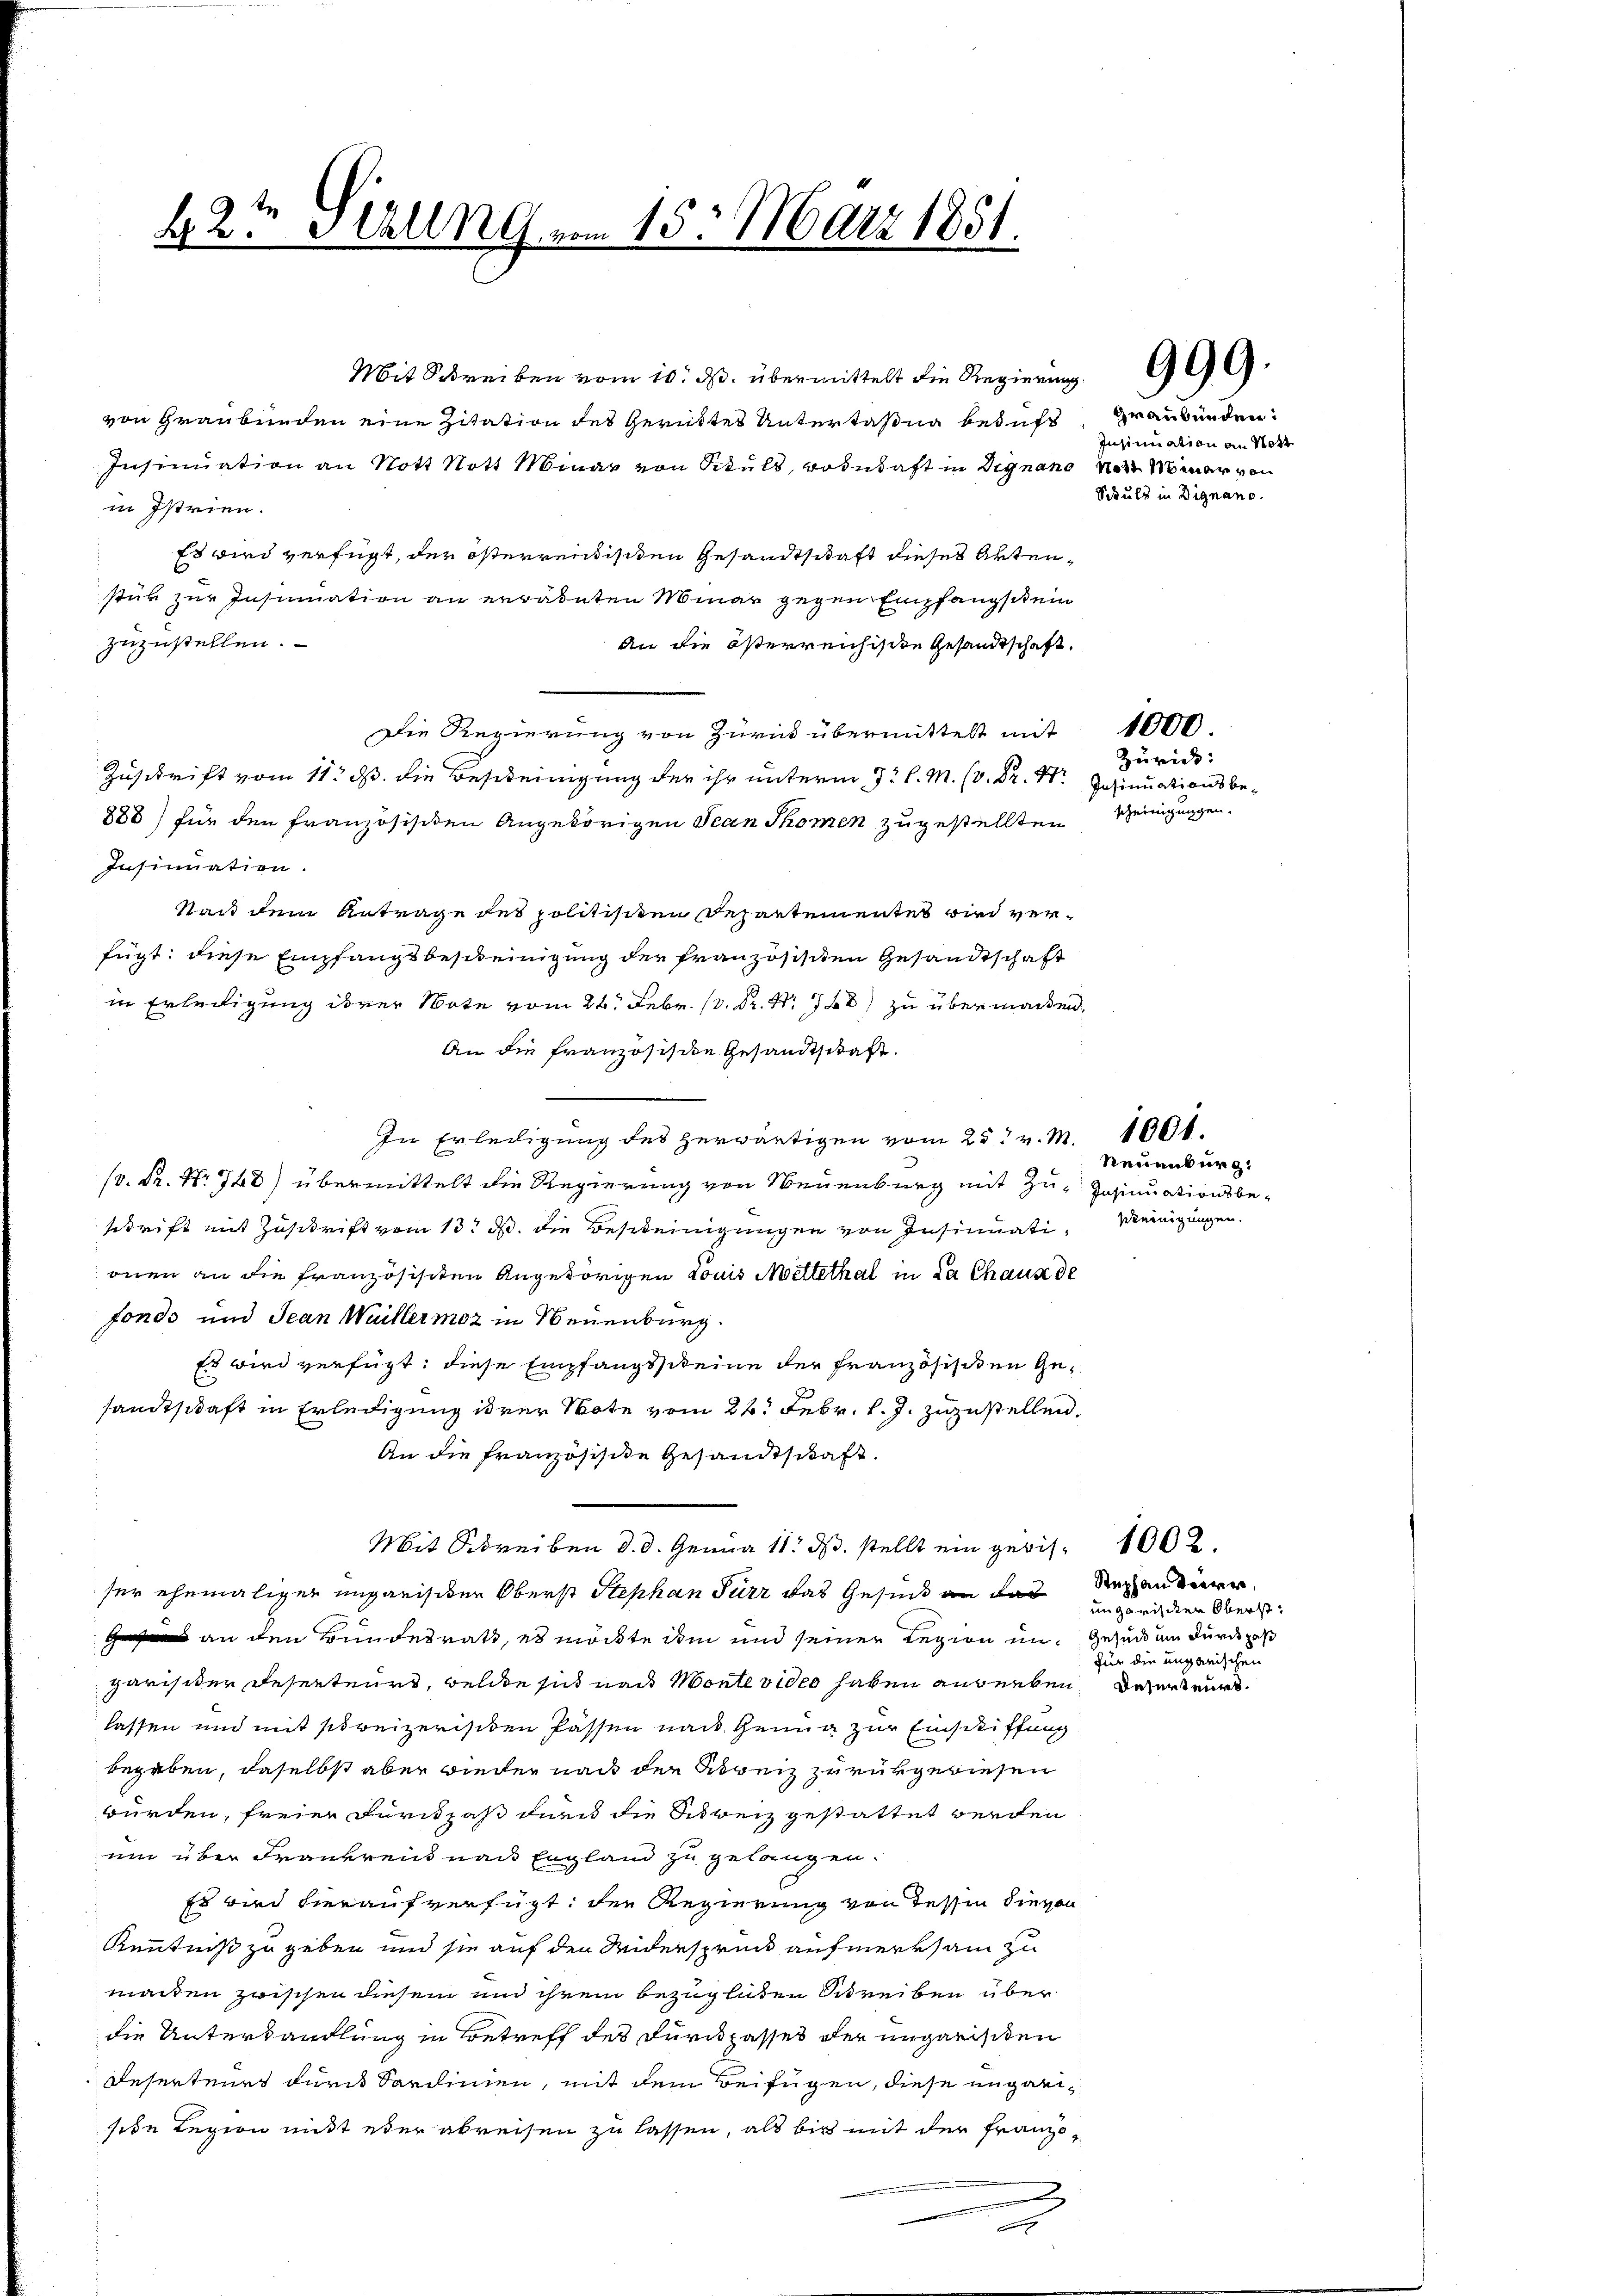
b. 2. Schling vom 15. März 1851.

r über
von Graubünden eine Zitation des Gerücktes Untertaßig beauft
Insinuation an Nott Nott Minar von Schuls, wohnhaft in Dignano von Memar von
in Istrien.
Es wird verfügt, der österrentischen Gesandtschaft dieses Artenstük zur Insinuation an errädeten Miner gegen Empfangschein
zuzustellen.
An die österreichische Gesandtschaft.
Die Regierung von Zurück übermittelt mit
Zuschrift vom 11. d. die Bescheinigung der ihr unterm 7.
888) für den französischen Angehörigen Jean Thomen zugestellten
Insinuation.
Stadt dem Antrage des politisiten Departementes wird verfügt: diese Empfangsbescheinigung der französisiten Gesandtschaft
in Erledigung ihrer Note vom 26. Febr. . . . 78) zu übermachen,
An die Französische Gesandtschaft.
In Erledigung des herwärtigen vom 25t v. M. 1601.
.P. Nr. 748) übermittelt die Regierung von Neuenburg mit Zu- Zasinuationsbeschrift mit Zuschrift vom 13. d. die Besteinigungen von Insinuationen an die französischen Angehörigen Louis Mettethal in da Chaus de
fonds und Jean Weillermoz in Neuenburg.
Es wird verfügt: diese Empfangsscheine der Französisiten Gesandtschaft in Erledigung ihrer Note vom 26. Febr. l. J. zuzustellen.
An die französisite Gesandtschaft.
Mit Schreiben d. d. Genua 11. ds. stellt ein gebis 1002.
ser ehemaliger ungarisiker Oberst Stephan Für das Gesind an das
g an den Bundesrath, es möchte ihm und seiner Regien in Gesund um durch das
garister Deserteurs, welche sich nach Montevideo haben angeben der nur
lassen und mit streizerischen Passen nach Genug zur Einschiffung
begeben, daselbst aber wieder nach der Abreiz zurükgewiesen
würden, freier Furcspaß durch die Schweiz gestattet werden
um über Frankreis nach England zu gelangen.
Es wird hierauf verfügt: der Regierung von dessen Sievon
Kenntniß zu geben und sie auf den Widerspruck aufmerksam zu
maiten zwischen diesem und ihrem bezüglichen Schreiben über
die Unterhandlung in Betreff des Durckhasses der ungarisiten
Reserteurs durch Sardinien, mit dem Beifügen, diese ungreisode Regien nicht über abreisen zu lassen, als bis mit der Franzöe

Graubünden:
Insinuation an Not
Schuld in Dignano.

Zürich:
scheinigungen.

1000

Neuenburg.
Weinigungen.

Stephan derer,
ungarischen Oberst:
für die ungarischen